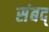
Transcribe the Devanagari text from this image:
संबद्